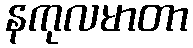
နကုလမာတာ